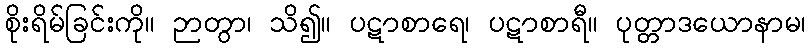
စိုးရိမ်ခြင်းကို။ ဉာတွာ၊ သိ၍။ ပဋာစာရေ၊ ပဋာစာရီ။ ပုတ္တာဒယောနာမ၊